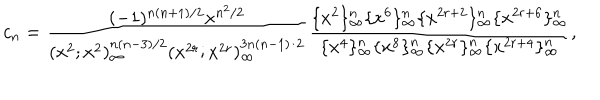
c _ { n } = \frac { ( - 1 ) ^ { n ( n + 1 ) / 2 } x ^ { n ^ { 2 } / 2 } } { ( x ^ { 2 } ; x ^ { 2 } ) _ { \infty } ^ { n ( n - 3 ) / 2 } ( x ^ { 2 r } ; x ^ { 2 r } ) _ { \infty } ^ { 3 n ( n - 1 ) / 2 } } \frac { \{ x ^ { 2 } \} _ { \infty } ^ { n } \{ x ^ { 6 } \} _ { \infty } ^ { n } \{ x ^ { 2 r + 2 } \} _ { \infty } ^ { n } \{ x ^ { 2 r + 6 } \} _ { \infty } ^ { n } } { \{ x ^ { 4 } \} _ { \infty } ^ { n } \{ x ^ { 8 } \} _ { \infty } ^ { n } \{ x ^ { 2 r } \} _ { \infty } ^ { n } \{ x ^ { 2 r + 4 } \} _ { \infty } ^ { n } } ,